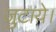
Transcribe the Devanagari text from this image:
जुटाये।